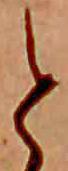
と